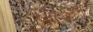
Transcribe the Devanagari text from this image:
५६५१४१